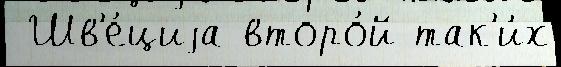
 Шв'е́циjа второ́й так'и́х